Production of alkali in liquid media by the Bacillus pestis - Number 33
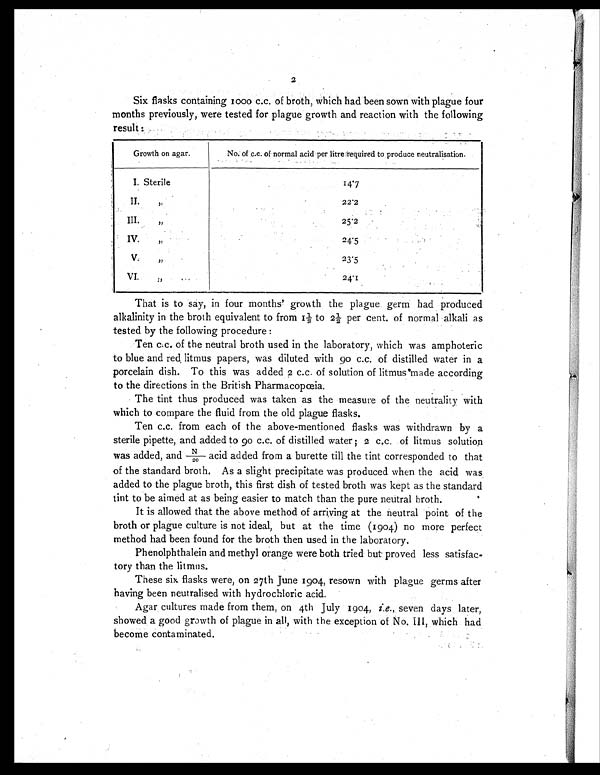
2
Six flasks containing 1000 c.c. of broth, which had been sown with plague four
months previously, were tested for plague growth and reaction with the following
result :
Growth on agar.
No. of c.c. of normal acid per litre required to produce neutralisation.
I. Sterile
14.7
II. „
22.2
III. „
25.2
IV. „
24.5
V. „
23.5
VI. „
24.1
That is to say, in four months' growth the plague germ had produced
alkalinity in the broth equivalent to from 1½ to 2½ per cent. of normal alkali as
tested by the following procedure :
Ten c.c. of the neutral broth used in the laboratory, which was amphoteric
to blue and red litmus papers, was diluted with 90 c.c. of distilled water in a
porcelain dish. To this was added 2 c.c. of solution of litmus made according
to the directions in the British Pharmacopœia.
The tint thus produced was taken as the measure of the neutrality with
which to compare the fluid from the old plague flasks.
Ten c.c. from each of the above-mentioned flasks was withdrawn by a
sterile pipette, and added to 90 c.c. of distilled water ; 2 c.c. of litmus solution
was added, and N
/20 acid added from a burette till the tint corresponded to that
of the standard broth. As a slight precipitate was produced when the acid was
added to the plague broth, this first dish of tested broth was kept as the standard
tint to be aimed at as being easier to match than the pure neutral broth.
It is allowed that the above method of arriving at the neutral point of the
broth or plague culture is not ideal, but at the time (1904) no more perfect
method had been found for the broth then used in the laboratory.
Phenolphthalein and methyl orange were both tried but proved less satisfac-
tory than the litmus.
These six flasks were, on 27th June 1904, resown with plague germs after
having been neutralised with hydrochloric acid.
Agar cultures made from them, on 4th July 1904, i.e., seven days later,
showed a good growth of plague in all, with the exception of No. III, which had
become contaminated.